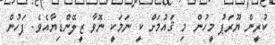
ކުރީން ޔޫރަޕު މީހުން މި ޤައުމަށް ކީ ނަމަކީ ނޮވާ ޒީލޭންޑިޔާއެވެ. ފަހުން